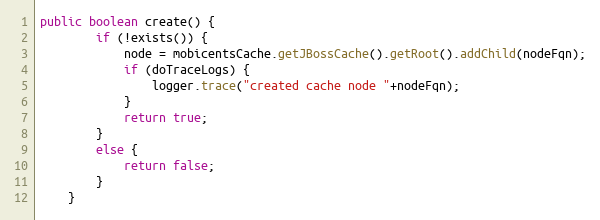
Language: Java
public boolean create() {
		if (!exists()) {
			node = mobicentsCache.getJBossCache().getRoot().addChild(nodeFqn);
			if (doTraceLogs) {
				logger.trace("created cache node "+nodeFqn);
			}
			return true;
		}
		else {
			return false;
		}
	}